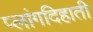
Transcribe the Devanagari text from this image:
प्लांगदिहाती